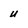
Character: u